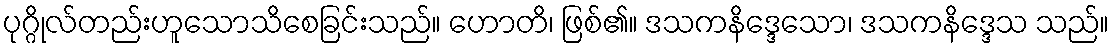
ပုဂ္ဂိုလ်တည်းဟူသောသိစေခြင်းသည်။ ဟောတိ၊ ဖြစ်၏။ ဒသကနိဒ္ဒေသော၊ ဒသကနိဒ္ဒေသ သည်။